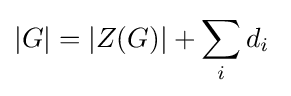
|G|=|Z(G)|+\sum _{i}d_{i}\;